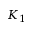
K _ { 1 }